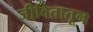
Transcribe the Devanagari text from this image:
जीवितातून